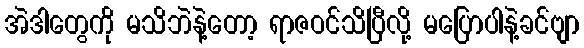
အဲဒါတွေကို မသိဘဲနဲ့တော့ ရာဇဝင်သိပြီလို့ မပြောပါနဲ့ခင်ဗျာ